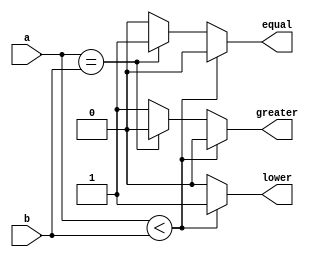
module one_bit_comparator (a, b, lower, greater, equal);

   input a;
   input b;

   output greater;
   reg greater;
   output lower;
   reg lower;
   output equal;
   reg equal;

   always @(*) begin
       if (a<b) begin
         equal = 0;
         lower = 1;
         greater = 0;
       end
       else if (a==b) begin
         equal = 1;
         lower = 0;
         greater = 0;
       end
       else begin
         equal = 0;
         lower = 0;
         greater = 1;
       end
    end   

endmodule